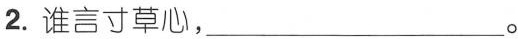
2.谁言寸草心，___。